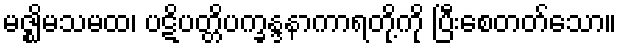
မဇ္ဈိမသမထ၊ ပဋိပတ္တိပက္ခန္ဒနာကာရတို့ကို ပြီးစေတတ်သော။